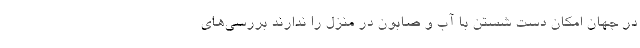
در جهان امکان دست شستن با آب و صابون در منزل را ندارند بررسی‌های